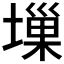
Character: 𡏮